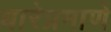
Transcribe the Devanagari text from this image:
धारेप्रमाणे